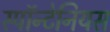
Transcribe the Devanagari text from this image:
स्पॉन्टेनियस